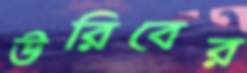
উরিবের